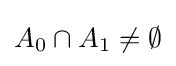
A_{0}\cap A_{1}\neq \emptyset